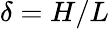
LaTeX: \delta=H/L